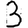
Digit: 3